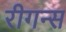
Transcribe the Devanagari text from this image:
रीगन्स